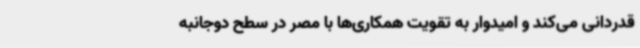
قدردانی می‌کند و امیدوار به تقویت همکاری‌ها با مصر در سطح دوجانبه